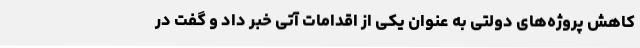
کاهش پروژه‌های دولتی به عنوان یکی از اقدامات آتی خبر داد و گفت در